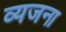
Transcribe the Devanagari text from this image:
व्यजना